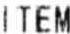
ITEM